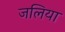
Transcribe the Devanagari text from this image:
जलिया